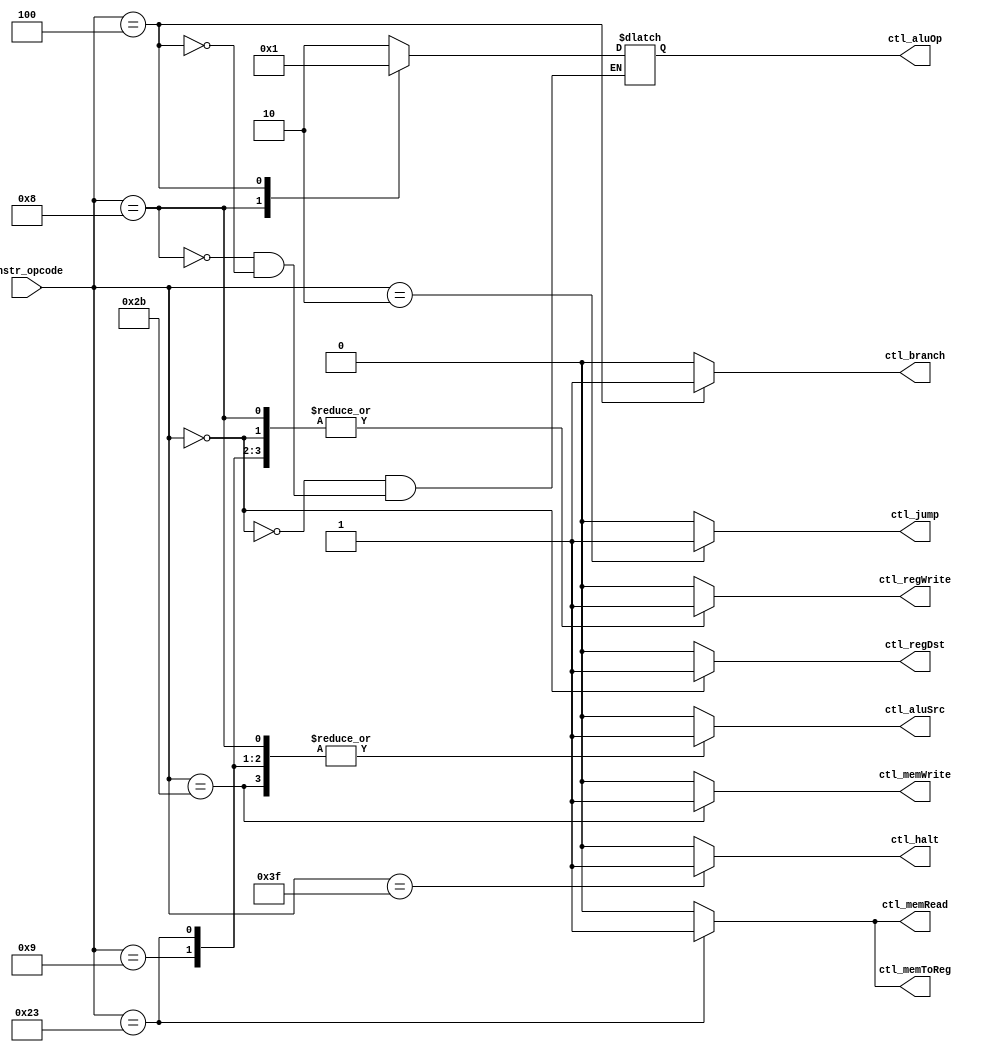
/*
 * Taylor Skilling
 * Will Johnson
 * 12/14/2016
 * EECE 3324
 *
 * control.v -- CPU Control
 */

module control (instr_opcode, ctl_regDst, ctl_jump, ctl_branch, ctl_memRead, 
		ctl_memToReg, ctl_memWrite, ctl_aluSrc, ctl_regWrite, ctl_halt, ctl_aluOp);

input [5:0] instr_opcode;
output reg ctl_regDst, ctl_jump, ctl_branch, ctl_memRead, ctl_memToReg, 
		ctl_memWrite, ctl_aluSrc, ctl_regWrite, ctl_halt;
output reg [1:0] ctl_aluOp;

initial ctl_regDst = 0;
initial ctl_jump = 0;
initial ctl_branch = 0;
initial ctl_memRead = 0;
initial ctl_memToReg = 0;
initial ctl_memWrite = 0;
initial ctl_aluSrc = 0;
initial ctl_regWrite = 0;
initial ctl_halt = 0;
initial ctl_aluOp = 2'b0;

always @(instr_opcode)
begin
    // Reset to 0 to ensure only valid control bits are active
    ctl_regDst = 0;
    ctl_jump = 0;
    ctl_memRead = 0;
    ctl_branch = 0;
    ctl_memRead = 0;
    ctl_memToReg = 0;
    ctl_memWrite = 0;
    ctl_aluSrc = 0;
    ctl_regWrite = 0;
    ctl_halt = 0;

    // Determine control signals based on opcode
    case (instr_opcode)
        6'b000000: // add, slt
            begin
                ctl_regDst = 1;
                ctl_regWrite = 1;
                ctl_aluOp = 2'b10;
            end
        6'b001000:  // addi
            begin
                ctl_regWrite = 1;
                ctl_aluSrc = 1;
		ctl_aluOp = 2'b00;
            end
        6'b001001: // addiu
            begin
                ctl_regWrite = 1;
                ctl_aluSrc = 1;
            end
        6'b100011: // lw
            begin
                ctl_memRead = 1;
                ctl_memToReg = 1;
                ctl_regWrite = 1;
                ctl_aluSrc = 1;
            end
        6'b101011: // sw
            begin
                ctl_memWrite = 1;
                ctl_aluSrc = 1;
            end
        6'b000100:  // beq, ALU handles subtration
            begin
                ctl_branch = 1;
                ctl_aluOp = 2'b01;
            end
        6'b000010: 
			begin
				ctl_jump = 1;
			end
        6'h3f: // halt 
            begin
                ctl_halt = 1;
            end
    endcase
end

endmodule